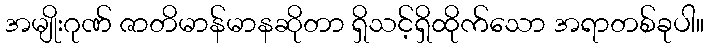
အမျိုးဂုဏ် ဇာတိမာန်မာနဆိုတာ ရှိသင့်ရှိထိုက်သော အရာတစ်ခုပါ။